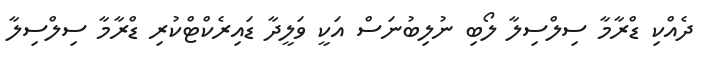
ދެއްކި ޑްރާމާ ސިލްސިލާ ލޯބި ނުލިބުނަސް އަކީ ވަލީދާ ޑައިރެކްޓްކުރި ޑްރާމާ ސިލްސިލާ